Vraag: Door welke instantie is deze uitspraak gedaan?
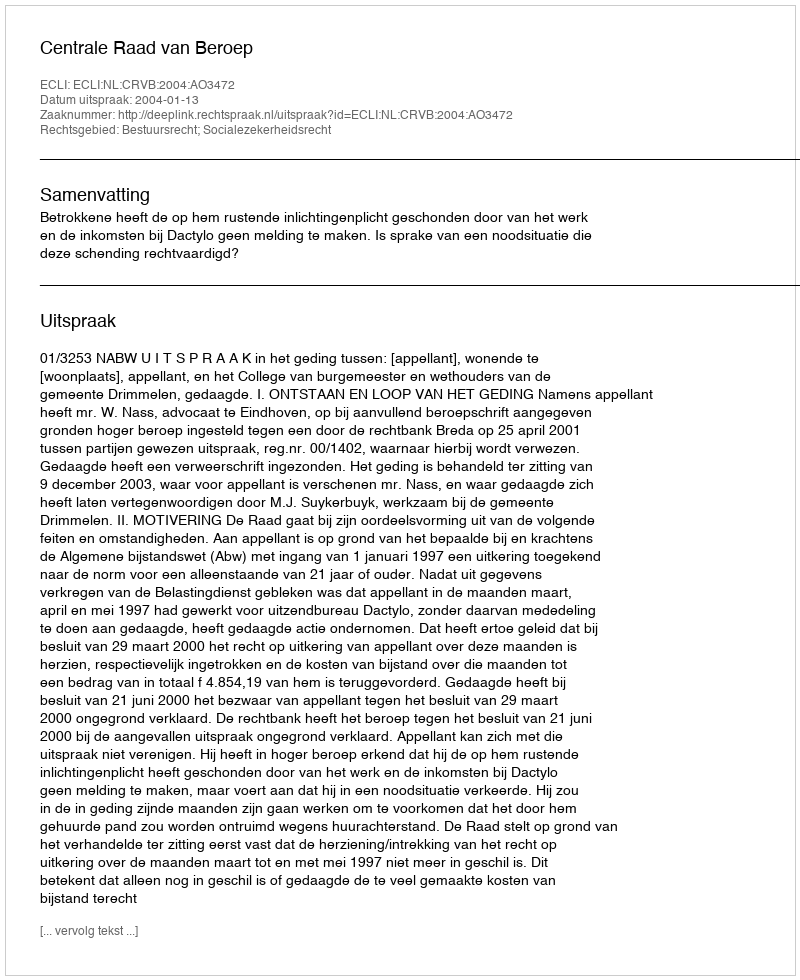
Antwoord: Centrale Raad van Beroep